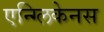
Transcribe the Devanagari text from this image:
एन्ग्लिकेनस